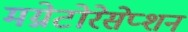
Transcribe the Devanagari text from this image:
मग्नेटोरेसेप्शन